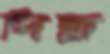
পিল্পা